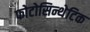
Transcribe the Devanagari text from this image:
फोटोसिन्थेटिक